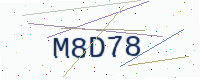
Text: M8D78